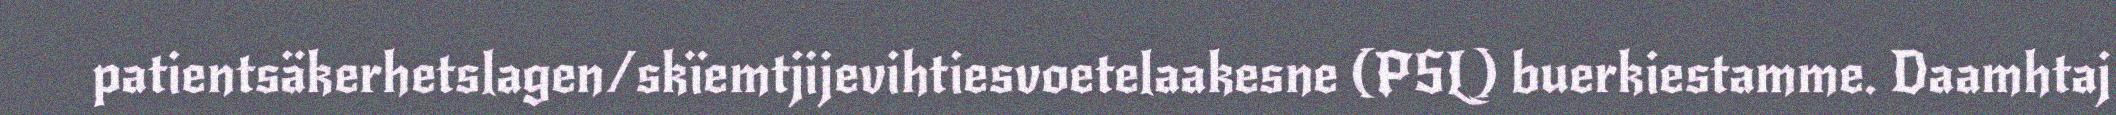
patientsäkerhetslagen/skïemtjijevihtiesvoetelaakesne (PSL) buerkiestamme. Daamhtaj